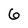
Character: 6